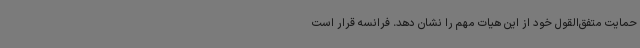
حمایت متفق‌القول خود از این هیات مهم را نشان دهد. فرانسه قرار است